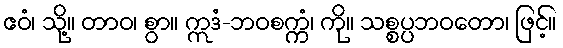
ဧဝံ၊ သို့။ တာဝ၊ စွာ။ ဣဒံ-ဘဝစက္ကံ၊ ကို။ သစ္စပ္ပဘဝတော၊ ဖြင့်။